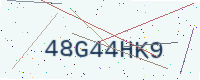
Text: 48G44HK9